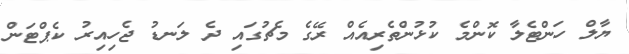
ޔާލް ހަންޓެލާ ކޮންމެ ކުޅުންތެރިއެއް ރޭގެ މެޗުގައި ދެ ލަނޑު ޖެހިއިރު ކެޕްޓަން